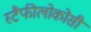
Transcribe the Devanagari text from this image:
स्टैफीलोकोसी